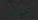
نحتاجها